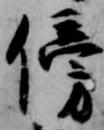
傍